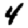
Digit: 4